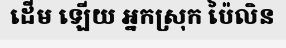
ដើម ឡើយ អ្នកស្រុក ប៉ៃលិន